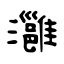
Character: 灉